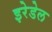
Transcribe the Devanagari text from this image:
इरेडेल